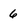
Character: 6